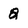
Character: Q